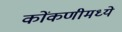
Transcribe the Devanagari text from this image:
कोंकणीमध्ये